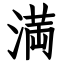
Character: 満